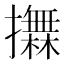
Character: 𢸮